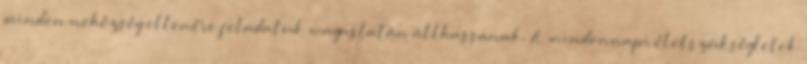
minden nehézség ellenére feladatuk magaslatán állhassanak. A mindennapi életszükségletek